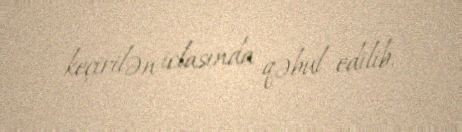
keçirilən iclasında qəbul edilib.